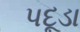
પદૂડા